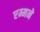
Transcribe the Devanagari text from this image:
एम्मने